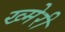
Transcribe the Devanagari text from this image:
ख्मेरी